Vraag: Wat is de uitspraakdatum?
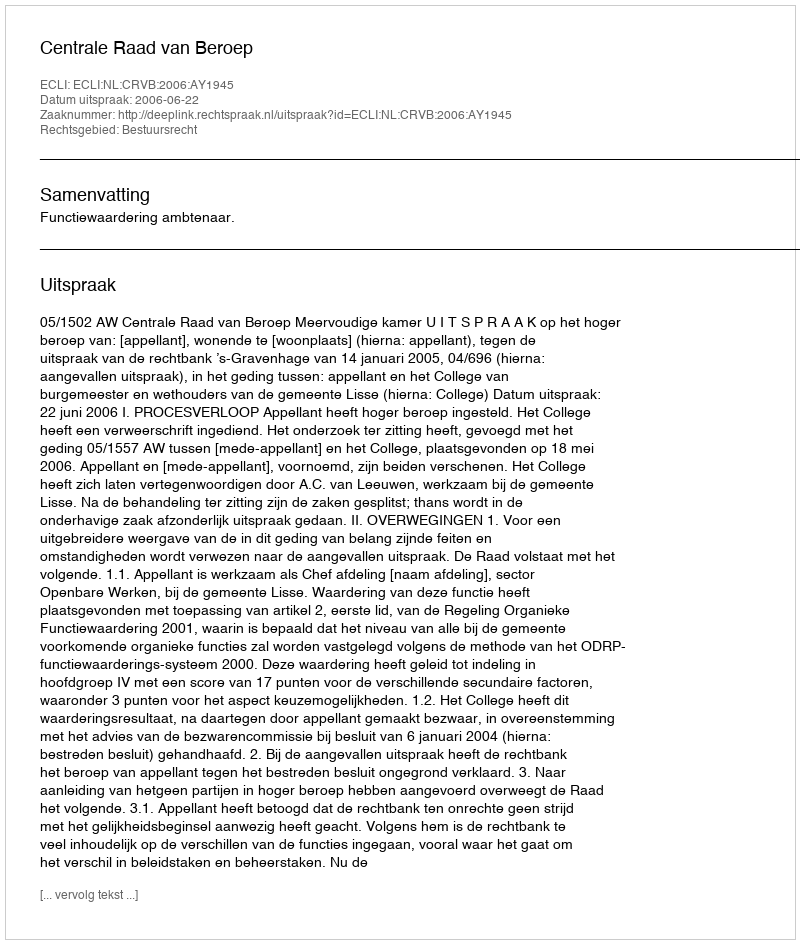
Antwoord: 2006-06-22